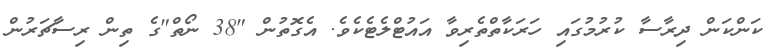
ކަންކަން ދިރާސާ ކުރުމުގައި ހަރަކާތްތެރިވާ އައުޓްލެޓެކެވެ. އެގޮތުން "38 ނޯތް"ގެ ތިން ރިސާޗަރުން